Leaving Certificate Examination (including Day School Certificate (Higher) General paper), 1936
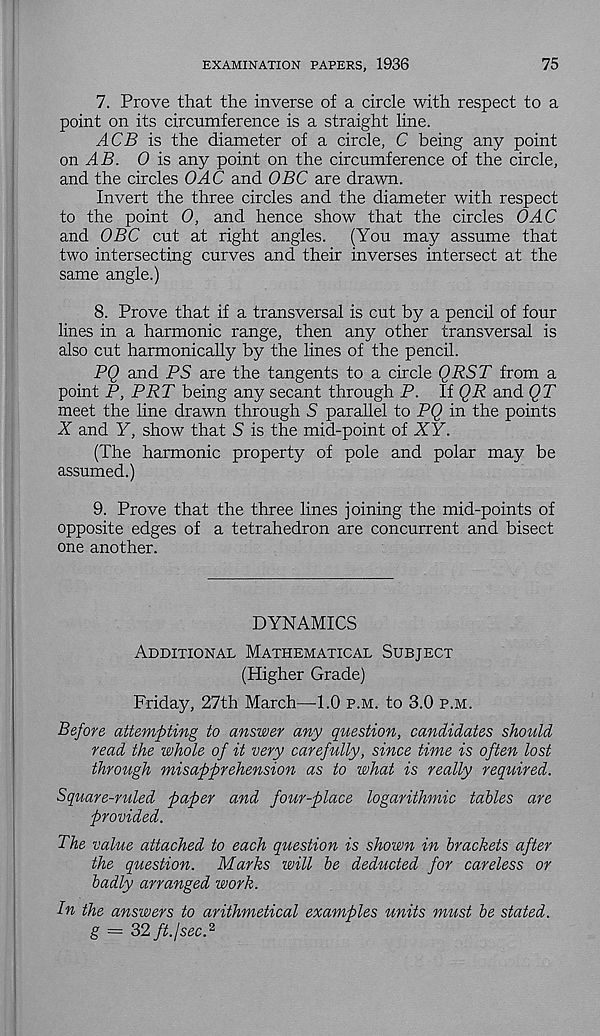
EXAMINATION PAPERS, 1936
75
7. Prove that the inverse of a circle with respect to a
point on its circumference is a straight line.
ACB is the diameter of a circle, C being any point
on AB. 0 is any point on the circumference of the circle,
and the circles OAC and OBC are drawn.
Invert the three circles and the diameter with respect
to the point 0, and hence show that the circles OAC
and OBC cut at right angles.
(You may assume that
two intersecting curves and their inverses intersect at the
same angle.)
8. Prove that if a transversal is cut by a pencil of four
lines in a harmonic range, then any other transversal is
also cut harmonically by the lines of the pencil.
PQ and PS are the tangents to a circle QRST from a
point P, PRT being any secant through P. If QR and QT
meet the line drawn through S parallel to PQ in the points
X and Y, show that S is the mid-point of XY.
(The harmonic property of pole and polar may be
assumed.)
9. Prove that the three lines joining the mid-points of
opposite edges of a tetrahedron are concurrent and bisect
one another.
DYNAMICS
Additional Mathematical Subject
(Higher Grade)
Friday, 27th March—-1.0 p.m. to 3.0 p.m.
Before attempting to answer any question, candidates should
read the whole of it very carefully, since time is often lost
thro^l,gh misapprehension as to what is really required.
Square-ruled paper and four-place logarithmic tables are
provided.
The value attached to each question is shown in brackets after
the question. Marks will be deducted for careless or
badly arranged work.
In the answers to arithmetical examples units must be stated,
g = 32 ft. I sec. 2